Plague in India, 1896, 1897 - Volume 3
Year: 1896
Disease focus: Plague
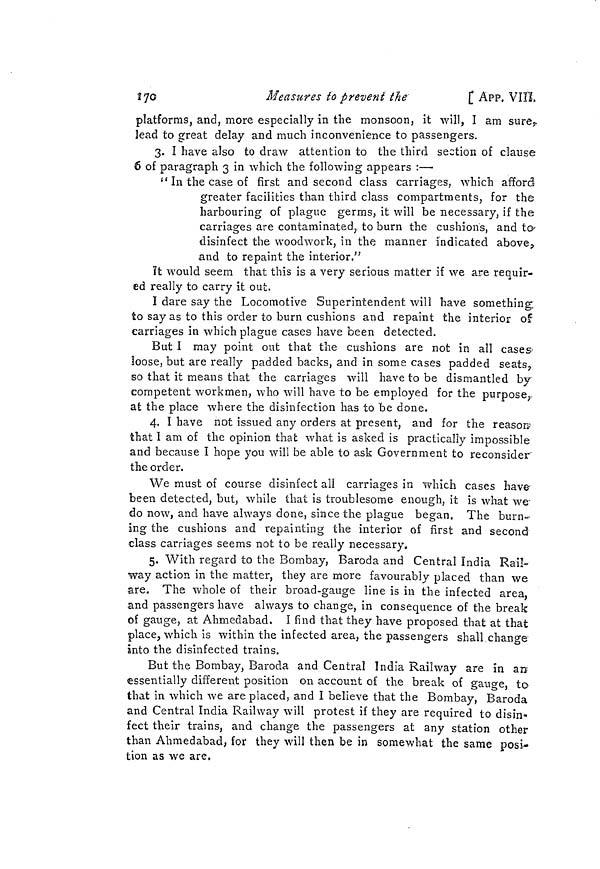
170
Measures to prevent the
[
APP. VIII,
platforms, and, more especially in the monsoon, it will, I am sure,
lead to great delay and much inconvenience to passengers.
3. I have also to draw attention to the third section of clause
6 of paragraph 3 in which the following appears :—
" In the case of first and second class carriages, which afford
greater facilities than third class compartments, for the
harbouring of plague germs, it will be necessary, if the
carnages are contaminated, to burn the cushions, and to
disinfect the woodwork, in the manner indicated above,
and to repaint the interior."
It would seem that this is a very serious matter if we are requir-
ed really to carry it out.
I dare say the Locomotive Superintendent will have something;
to sayas to this order to burn cushions and repaint the interior of
carriages in which plague cases have been detected.
But I may point out that the cushions are not in all cases-
loose, but are really padded backs, and in some cases padded seats,
so that it means that the carriages will have to be dismantled by
competent workmen, who will have to be employed for the purpose,
at the place where the disinfection has to be done.
4. I have not issued any orders at present, and for the reason;
that I am of the opinion that what is asked is practically impossible
and because I hope you will be able to ask Government to reconsider"
the order.
We must of course disinfect all carriages in which cases have
been detected, but, while that is troublesome enough, it is what we-
do now, and have always done, since the plague began. The burn-
ing the cushions and repainting the interior of first and second
class carriages seems not to be really necessary,
5. With regard to the Bombay, Baroda and Central India Rail-
way action in the matter, they are more favourably placed than we
are. The whole of their broad-gauge line is in the infected area,
and passengers have always to change, in consequence of the break
of gauge, at Ahmedabad. I find that they have proposed that at that
place, which is within the infected area, the passengers shall change
into the disinfected trains.
But the Bombay, Baroda and Central India Railway are in ao
essentially different position on account of the break of gauge, to
that in which we are placed, and I believe that the Bombay, Baroda
and Central India Railway will protest if they are required to disin-
fect their trains, and change the passengers at any station other
than Ahmedabad, for they will then be in somewhat the same posi-
tion as we are.